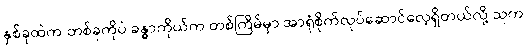
နှစ်ခုထဲက တစ်ခုကိုပဲ ခန္ဓာကိုယ်က တစ်ကြိမ်မှာ အာရုံစိုက်လုပ်ဆောင်လေ့ရှိတယ်လို့ သူက